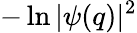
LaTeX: -\ln|\psi(q)|^{2}